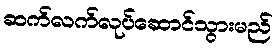
ဆက်လက်လုပ်ဆောင်သွားမည်